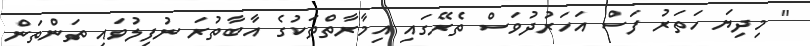
" މިދިޔަ ހަތަރު ފަސް އަހަރުދުވަސް ތެރޭގައި އިމާރާތްތަކުގެ އާބާތުރަ ނުފިލުވައި ތަންތަން